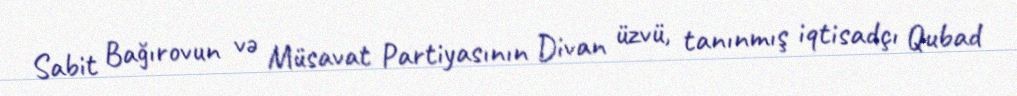
Sabit Bağırovun və Müsavat Partiyasının Divan üzvü, tanınmış iqtisadçı Qubad